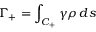
\Gamma _ { + } = \int _ { C _ { + } } \gamma \rho \, d s